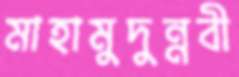
মাহামুদুন্নবী